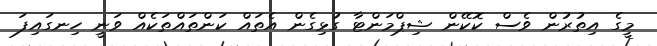
މީގެ އިތުރުން ވެސް ކޮކޭން ޝިޕްމަންޓާ ގުޅިގެން އެތައް ކަންތައްތަކެއް ވަނީ ހިނގައިފަ